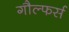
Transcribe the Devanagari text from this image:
गौल्फर्स